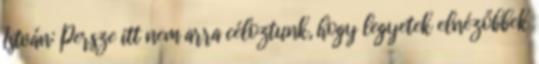
István: Persze itt nem arra céloztunk, hogy legyetek elnézőbbek